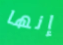
إنها